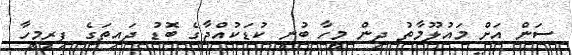
ސަން އަށް މައުލޫމާތު ދިން މީހާ ބުނީ ކުޑަކުއްޖާގެ ބޮޑު ދައިތަގެ ފިރިމީހާ